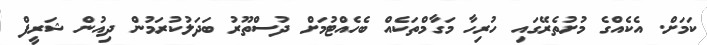
ކަމަށް. އެކެއްގެ މުށުތެރޭގައި ހުރިހާ މަގާމްތަކެއް ބެހެއްޓުމަށް ދުސްތޫރު ބަދަލުކުރަމުން ދިއުން ޝަރީފް